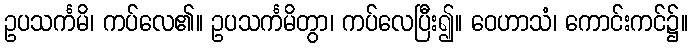
ဥပသင်္ကမိ၊ ကပ်လေ၏။ ဥပသင်္ကမိတွာ၊ ကပ်လေပြီး၍။ ဝေဟာသံ၊ ကောင်းကင်၌။